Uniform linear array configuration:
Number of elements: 16
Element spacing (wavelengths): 0.25
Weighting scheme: cosine
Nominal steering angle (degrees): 45
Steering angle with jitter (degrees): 45.686
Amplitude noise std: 0.05
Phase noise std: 0.05

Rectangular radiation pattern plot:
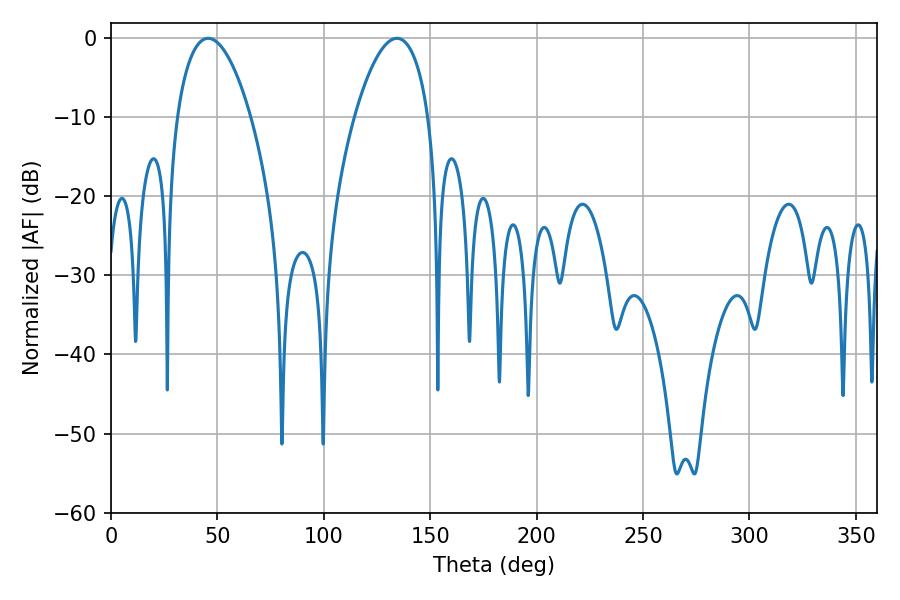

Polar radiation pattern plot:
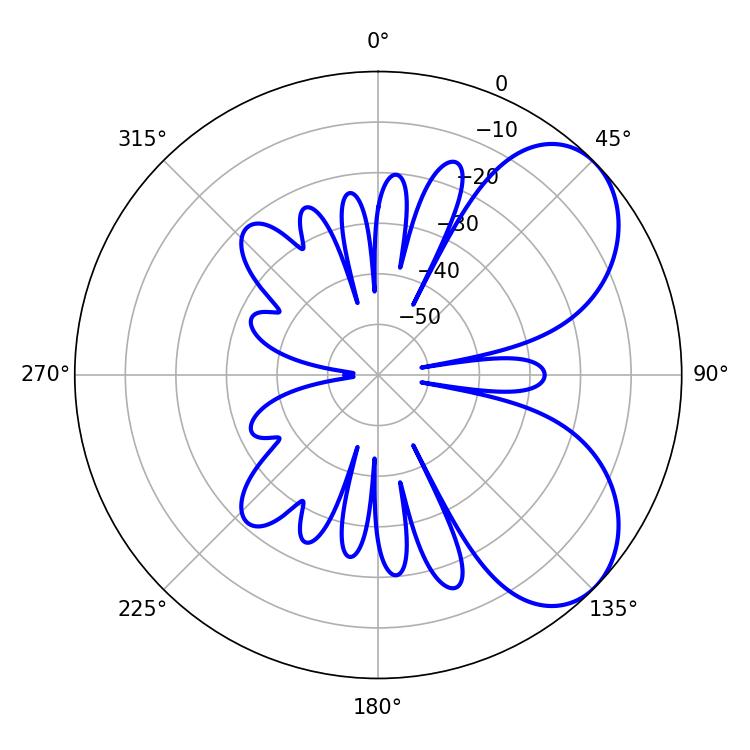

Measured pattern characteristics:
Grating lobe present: FALSE
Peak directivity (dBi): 5.848
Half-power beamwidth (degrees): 19.26
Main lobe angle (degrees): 45.72